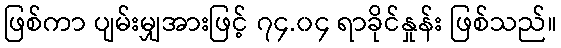
ဖြစ်ကာ ပျမ်းမျှအားဖြင့် ၇၄.၀၄ ရာခိုင်နှုန်း ဖြစ်သည်။